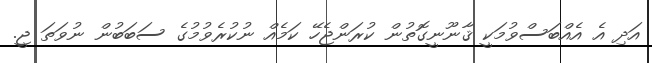
އަދި އެ އެއްބަސްވުމަކީ ޤާނޫނީގޮތުން ކުރަންޖެހޭ ކަމެއް ނުކުރެވުމުގެ ސަބަބުން ނުވަތަ ޖީ.